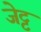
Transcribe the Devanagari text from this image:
जेट्ट